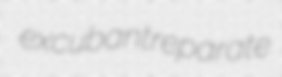
excubant reparate